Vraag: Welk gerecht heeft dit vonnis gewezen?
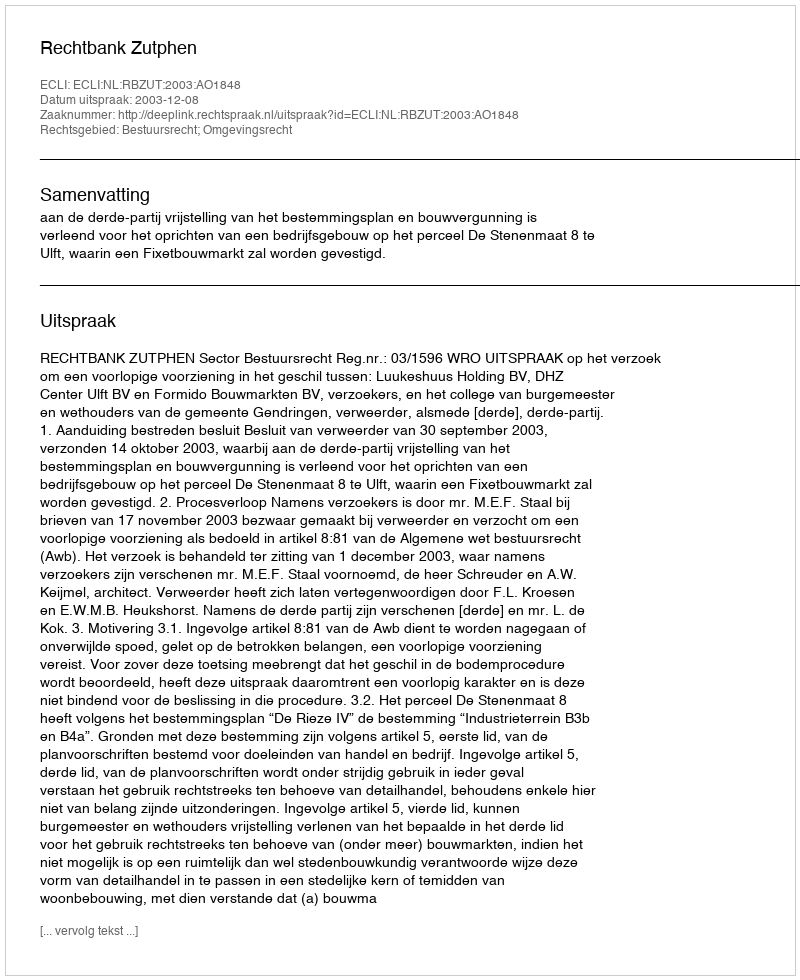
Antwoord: Rechtbank Zutphen